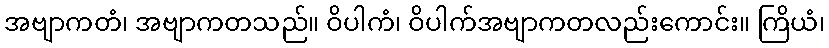
အဗျာကတံ၊ အဗျာကတသည်။ ဝိပါကံ၊ ဝိပါက်အဗျာကတလည်းကောင်း။ ကြိယံ၊